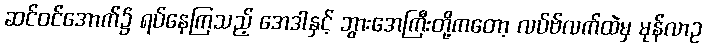
ဆင်ဝင်အောက်၌ ရပ်နေကြသည့် အေဒါနှင့် ဘွားအေကြီးတို့ကတော့ လပ်ဗ်လက်ထဲမှ မုန်လာဥ